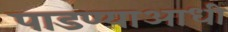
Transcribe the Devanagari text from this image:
पाडण्याआधी